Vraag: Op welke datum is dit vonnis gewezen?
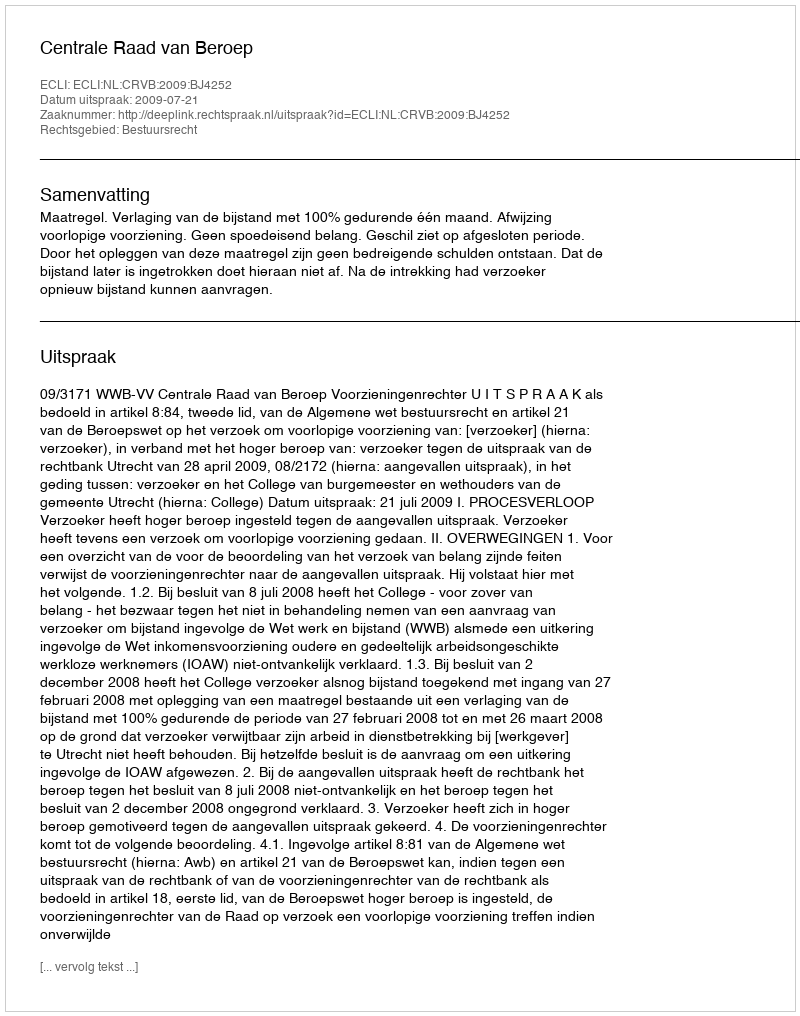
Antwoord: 2009-07-21